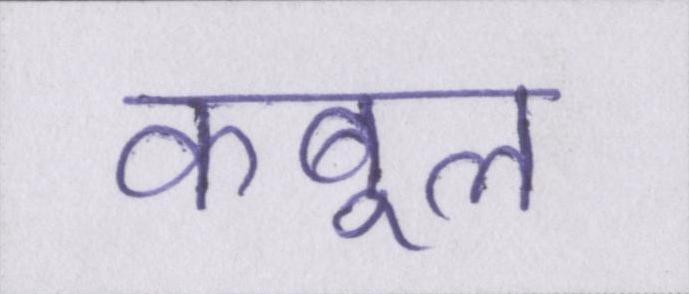
कबूल